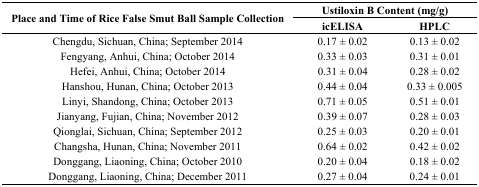
<table><thead><tr><td rowspan="2"><b>Place and Time of Rice False Smut Ball Sample Collection</b></td><td colspan="2"><b>Ustiloxin B Content (mg/g)</b></td></tr><tr><td><b>icELISA</b></td><td><b>HPLC</b></td></tr></thead><tbody><tr><td>Chengdu, Sichuan, China; September 2014</td><td>0.17 ± 0.02</td><td>0.13 ± 0.02</td></tr><tr><td>Fengyang, Anhui, China; October 2014</td><td>0.33 ± 0.03</td><td>0.31 ± 0.01</td></tr><tr><td>Hefei, Anhui, China; October 2014</td><td>0.31 ± 0.04</td><td>0.28 ± 0.02</td></tr><tr><td>Hanshou, Hunan, China; October 2013</td><td>0.44 ± 0.04</td><td>0.33 ± 0.005</td></tr><tr><td>Linyi, Shandong, China; October 2013</td><td>0.71 ± 0.05</td><td>0.51 ± 0.01</td></tr><tr><td>Jianyang, Fujian, China; November 2012 </td><td>0.39 ± 0.07</td><td>0.28 ± 0.03</td></tr><tr><td>Qionglai, Sichuan, China; September 2012</td><td>0.25 ± 0.03</td><td>0.20 ± 0.01</td></tr><tr><td>Changsha, Hunan, China; November 2011</td><td>0.64 ± 0.02</td><td>0.42 ± 0.02</td></tr><tr><td>Donggang, Liaoning, China; October 2010</td><td>0.20 ± 0.04</td><td>0.18 ± 0.02</td></tr><tr><td>Donggang, Liaoning, China; December 2011</td><td>0.27 ± 0.04</td><td>0.24 ± 0.01</td></tr></tbody></table>